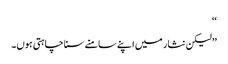
‘‘
’’لیکن نثار میں اپنے سامنے سنا چاہتی ہوں۔